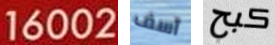
16002 آسف كبح